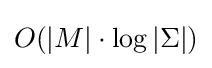
O(|M|\cdot \log |\Sigma |)